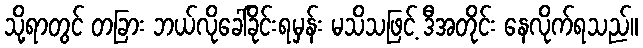
သို့ရာတွင် တခြား ဘယ်လိုခေါ်ခိုင်းရမှန်း မသိသဖြင့် ဒီအတိုင်း နေလိုက်ရသည်။